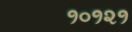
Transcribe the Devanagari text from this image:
१०१२१